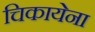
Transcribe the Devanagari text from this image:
चिकायेना